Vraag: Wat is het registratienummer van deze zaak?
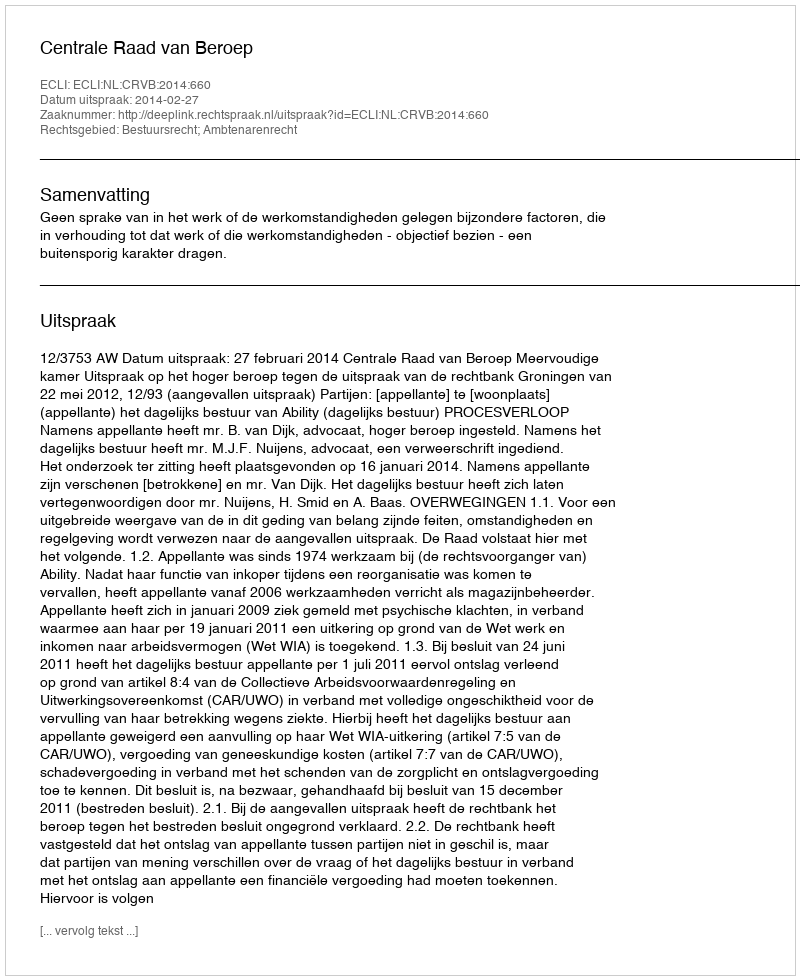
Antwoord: http://deeplink.rechtspraak.nl/uitspraak?id=ECLI:NL:CRVB:2014:660